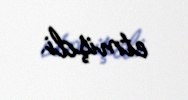
etmişdi.